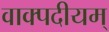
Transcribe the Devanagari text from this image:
वाक्पदीयम्‌